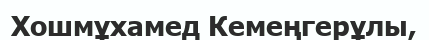
Хошмұхамед Кемеңгерұлы,